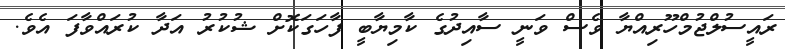
ރައީސުލްޖުމްހޫރިއްޔާ ވެސް ވަނީ ސާއިދުގެ ކާމިޔާބީ ފާހަގަކޮށް ޝުކުރު އަދާ ކުރައްވާފަ އެވެ.